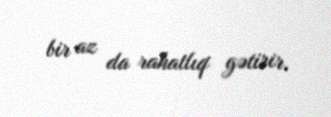
bir az da rahatlıq gətirir.